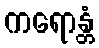
ကရောန္တံ